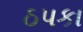
ઠપકા